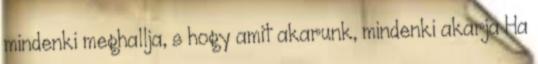
mindenki meghallja, s hogy amit akarunk, mindenki akarja Ha